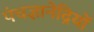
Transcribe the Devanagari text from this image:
पंचज्ञानेद्रियों